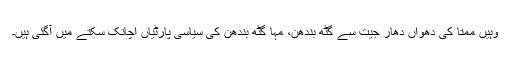
وہیں ممتا کی دھواں دھار جیت سے گٹھ بندھن، مہا گٹھ بندھن کی سیاسی پارٹیاں اچانک سکتے میں آگئی ہیں۔